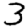
Digit: 3